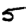
Digit: 5